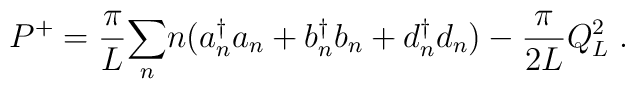
P^+ = {\pi \over L } {\sum_n} n (a{_n ^\dagger} a_n + b{_n^\dagger}b_n + d{_n ^\dagger}d_n ) - {\pi \over2 L} Q_L^2\; .